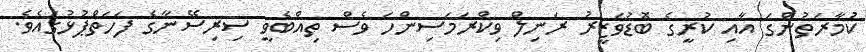
ކުމާރަތުންގަ އާއި ކުރީގެ ބޮޑުވަޒީރު ރަނިލް ވިކްރަމަސިންހަ ވެސް ތިއްބެވީ ސިރިސޭނާގެ ފަހަތްޕުޅުގައެވެ.